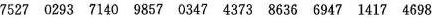
7527 0293 7140 9857 0347 4373 8636 6947 1417 4698